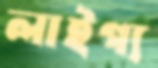
লাইগ্য